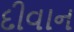
દીવાન